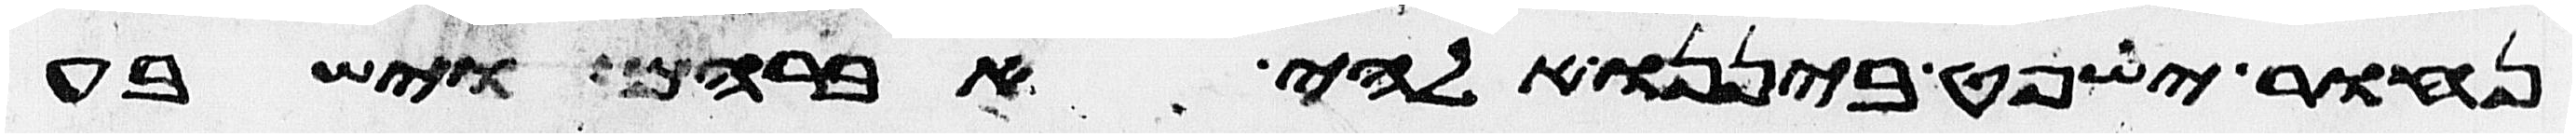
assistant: נחור ישפט ביננו אלהי אברהם וישבע